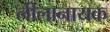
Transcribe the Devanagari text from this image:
लीलानायक